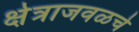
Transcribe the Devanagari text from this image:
क्षेत्राजवळचे